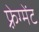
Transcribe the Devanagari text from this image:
फ़्रेग्मेंट